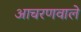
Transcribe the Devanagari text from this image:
आचरणवाले